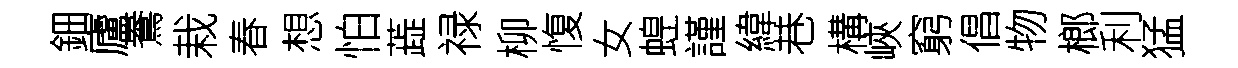
鈿廬鴦栽春想怕蕋禄柳愎女蝗謹緯巷構峽窮倡物榔利猛